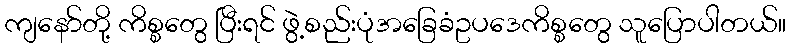
ကျနော်တို့ ကိစ္စတွေ ပြီးရင် ဖွဲ့စည်းပုံအခြေခံဥပဒေကိစ္စတွေ သူပြောပါတယ်။